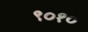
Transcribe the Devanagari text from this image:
९०१०